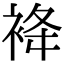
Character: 袶